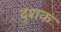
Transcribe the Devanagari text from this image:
द्शक